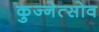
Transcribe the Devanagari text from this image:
कुज्नेत्सोव